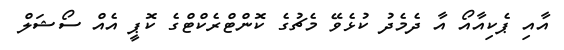
އާއި ޕެކިއާއޯ އާ ދެމެދު ކުޅެވޭ މެޗުގެ ކޮންޓްރެކްޓްގެ ކޮޕީ އެއް ސޯޝަލް